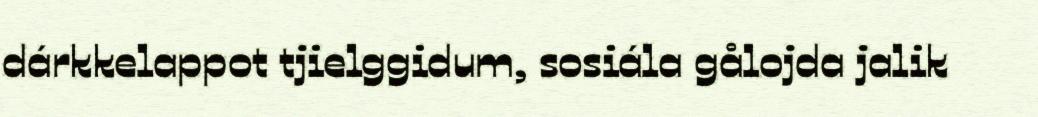
dárkkelappot tjielggidum, sosiála gålojda jalik